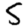
Digit: 5